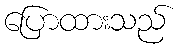
ပြောထားသည်